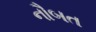
નૌબત